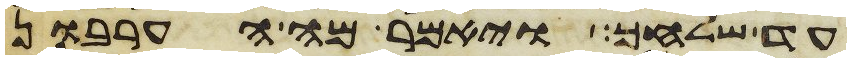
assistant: עד שלחך ויאמר מה הערבון